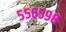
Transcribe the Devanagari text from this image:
५५६५९८